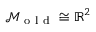
\mathcal { M } _ { \mathrm { ~ o ~ l ~ d ~ } } \cong \mathbb { R } ^ { 2 }